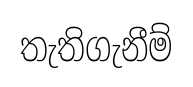
තැතිගැනීම්